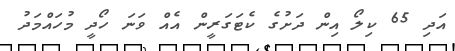
އަދި 65 ކިލޯ އިން ދަށުގެ ކެޓަގަރީން އެއް ވަނަ ހޯދީ މުހައްމަދު